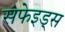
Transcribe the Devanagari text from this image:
सफेइड्स